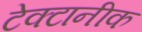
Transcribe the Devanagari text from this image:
टेक्टानीक